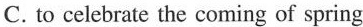
C. to celebrate the coming of spring